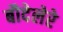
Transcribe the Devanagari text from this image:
बौदेलेरे